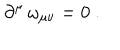
\partial ^ { \mu } \, \omega _ { \mu \nu } = 0 \ .